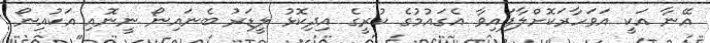
އޭނާ އަކީ އަވަހާރަކޮށްލާފައިވާ އެގައުމުގެ ކުރީގެ އިދިކޮޅު ލީޑަރު ބެނައިނޯ ނީނޮއި އަކުއިނޯ